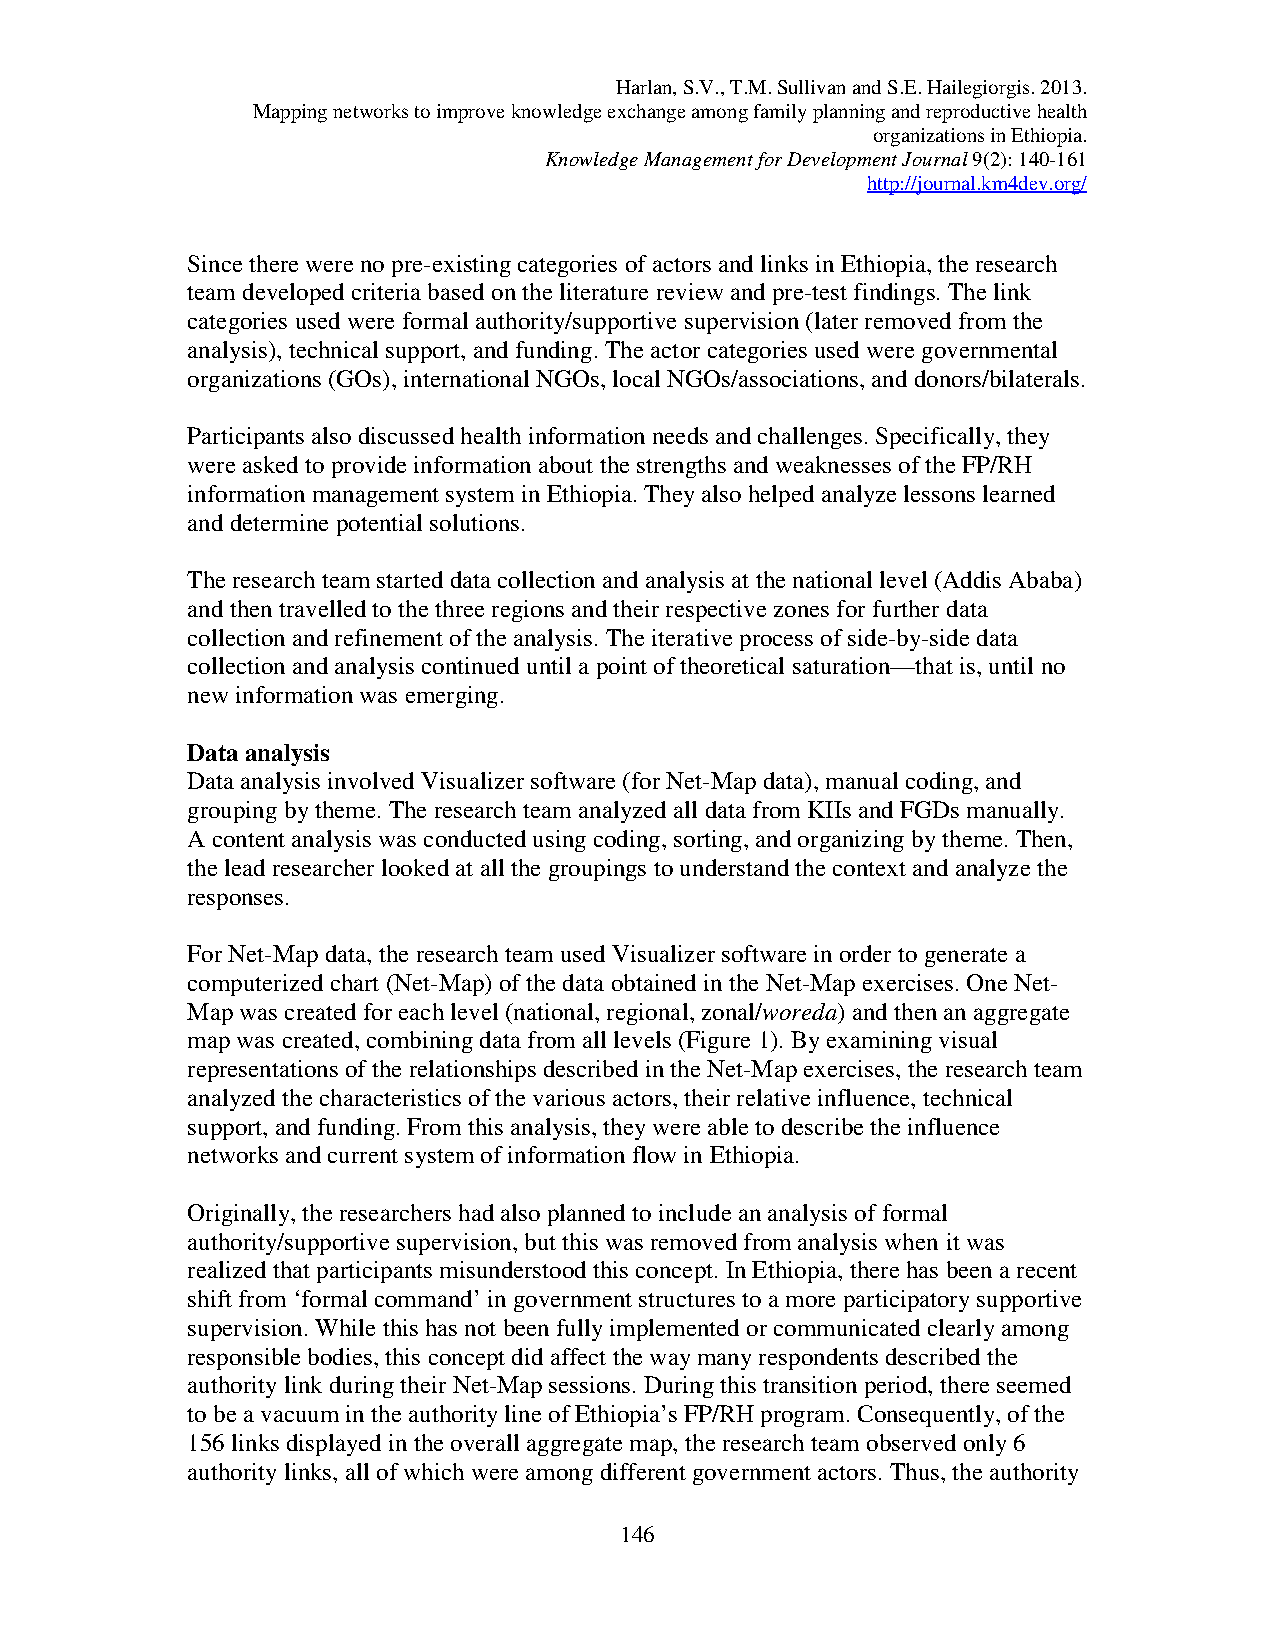
Harlan, S.V., T.M. Sullivan and S.E. Hailegiorgis. 2013.
 Mapping networks to improve knowledge exchange among family planning and reproductive health
 organizations in Ethiopia.
 Knowledge Management for Development Journal 9(2): 140-161
 http://journal.km4dev.org/
 Since there were no pre-existing categories of actors and links in Ethiopia, the research
 team developed criteria based on the literature review and pre-test findings. The link
 categories used were formal authority/supportive supervision (later removed from the
 analysis), technical support, and funding. The actor categories used were governmental
 organizations (GOs), international NGOs, local NGOs/associations, and donors/bilaterals.
 Participants also discussed health information needs and challenges. Specifically, they
 were asked to provide information about the strengths and weaknesses of the FP/RH
 information management system in Ethiopia. They also helped analyze lessons learned
 and determine potential solutions.
 The research team started data collection and analysis at the national level (Addis Ababa)
 and then travelled to the three regions and their respective zones for further data
 collection and refinement of the analysis. The iterative process of side-by-side data
 collection and analysis continued until a point of theoretical saturation—that is, until no
 new information was emerging.
 Data analysis
 Data analysis involved Visualizer software (for Net-Map data), manual coding, and
 grouping by theme. The research team analyzed all data from KIIs and FGDs manually.
 A content analysis was conducted using coding, sorting, and organizing by theme. Then,
 the lead researcher looked at all the groupings to understand the context and analyze the
 responses.
 For Net-Map data, the research team used Visualizer software in order to generate a
 computerized chart (Net-Map) of the data obtained in the Net-Map exercises. One Net-
 Map was created for each level (national, regional, zonal/woreda) and then an aggregate
 map was created, combining data from all levels (Figure 1). By examining visual
 representations of the relationships described in the Net-Map exercises, the research team
 analyzed the characteristics of the various actors, their relative influence, technical
 support, and funding. From this analysis, they were able to describe the influence
 networks and current system of information flow in Ethiopia.
 Originally, the researchers had also planned to include an analysis of formal
 authority/supportive supervision, but this was removed from analysis when it was
 realized that participants misunderstood this concept. In Ethiopia, there has been a recent
 shift from ‘formal command’ in government structures to a more participatory supportive
 supervision. While this has not been fully implemented or communicated clearly among
 responsible bodies, this concept did affect the way many respondents described the
 authority link during their Net-Map sessions. During this transition period, there seemed
 to be a vacuum in the authority line of Ethiopia’s FP/RH program. Consequently, of the
 156 links displayed in the overall aggregate map, the research team observed only 6
 authority links, all of which were among different government actors. Thus, the authority
 146